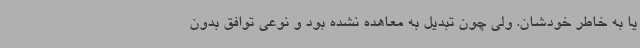
یا به خاطر خودشان. ولی چون تبدیل به معاهده نشده بود و نوعی توافق بدون